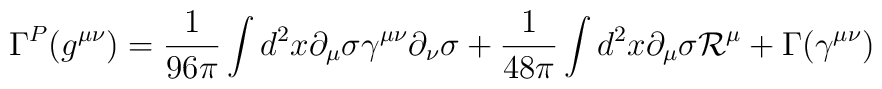
\Gamma^P (g^{\mu\nu}) = \frac{1}{96\pi} \int d^2 x \partial_\mu  \sigma  \gamma^{\mu\nu} \partial_\nu \sigma + \frac{1}{48\pi} \int d^2 x  \partial_\mu \sigma {\cal R}^\mu + \Gamma (\gamma^{\mu\nu})